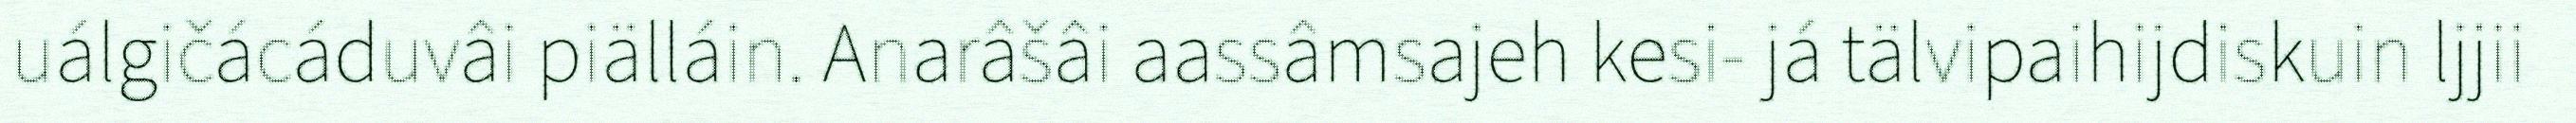
uálgičácáduvâi piälláin. Anarâšâi aassâmsajeh kesi- já tälvipaihijdiskuin ljjii